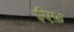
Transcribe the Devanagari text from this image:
ईएफ़